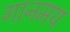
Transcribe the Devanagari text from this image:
गानमय